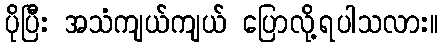
ပိုပြီး အသံကျယ်ကျယ် ပြောလို့ရပါသလား။